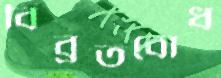
বিব্রতবোধ